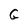
Character: C